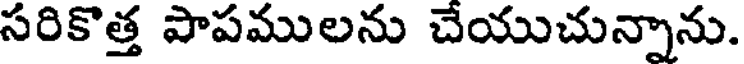
సరికొత్త పాపములను చేయుచున్నాను.